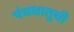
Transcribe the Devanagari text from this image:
पंचधातूची